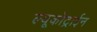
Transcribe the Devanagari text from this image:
ल्यूकोट्राईन